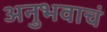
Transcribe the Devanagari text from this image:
अनुभवाचं